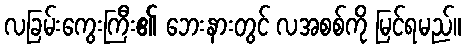
လခြမ်းကွေးကြီး၏ ဘေးနားတွင် လအစစ်ကို မြင်ရမည်။